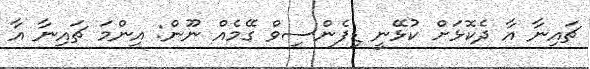
ޗައިނާ އާ ދެކޮޅަށް ކުޅޭނީ ޑިފެންސިވް ގޭމެއް ނޫން: އިންމަ ޗައިނާ އާ